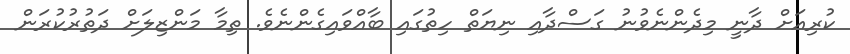
ކުރިއަށް ދާނީ މިދެންނެވުނު ގަސްދާއި ނިޔަތް ހިތުގައި ބާއްވައިގެންނެވެ. ތިމާ މަންޒިލަށް ދަތުރުކުރަން